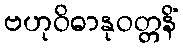
ဗဟုဝိဓာနုဝတ္တနိံ